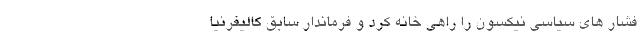
فشار های سیاسی نیکسون را راهی خانه کرد و فرماندار سابق کالیفرنیا